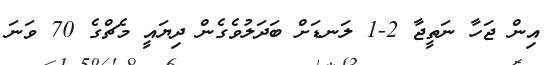
އިން ޖަހާ ނަތީޖާ 2-1 ލަނޑަށް ބަދަލުވެގެން ދިޔައީ މެޗްގެ 70 ވަނަ